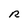
Character: R